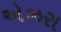
એઝરા